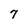
Character: 7